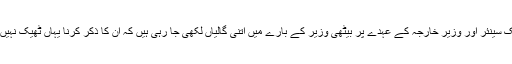
جہاں ایک سینئر اور وزیر خارجہ کے عہدے پر بیٹھی وزیر کے بارے میں اتنی گالیاں لکھی جا رہی ہیں کہ ان کا ذکر کرنا یہاں ٹھیک نہیں رہے‌گا۔